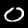
Digit: 0